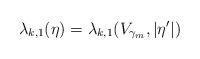
LaTeX: \begin{align*}\lambda_{k,1}(\eta) = \lambda_{k,1}(V_{\gamma_m}, |\eta'|)\end{align*}